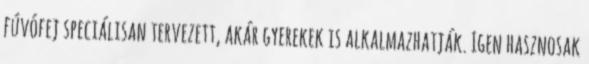
fúvófej speciálisan tervezett, akár gyerekek is alkalmazhatják. Igen hasznosak